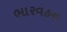
ભારવહન